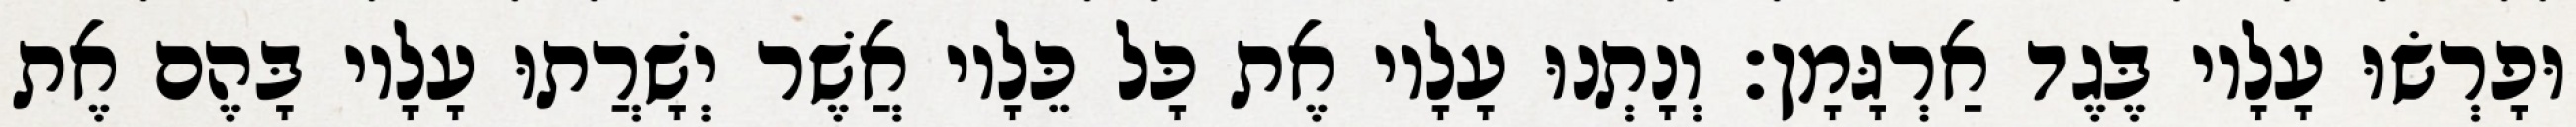
וּפָרְשׂוּ עָלָיו בֶּגֶד אַרְגָּמָן׃ וְנָתְנוּ עָלָיו אֶת כָּל כֵּלָיו אֲשֶׁר יְשָׁרֲתוּ עָלָיו בָּהֶם אֶת